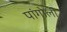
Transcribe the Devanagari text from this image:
पांगोली